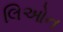
લિઓન